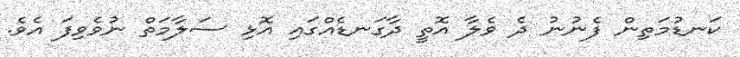
ކަނޑުމަތިން ފެނުނު ދެ ވެލާ އޮތީ ދާގަނޑެއްގައި އޮޅި ސަލާމަތް ނުވެވިފަ އެވެ.